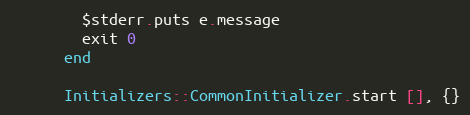
Language: Ruby
        $stderr.puts e.message
        exit 0
      end

      Initializers::CommonInitializer.start [], {}